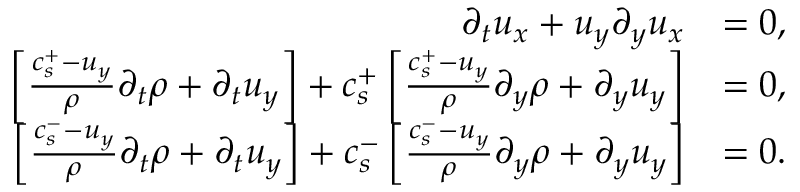
\begin{array} { r l } { \partial _ { t } u _ { x } + u _ { y } \partial _ { y } u _ { x } } & { = 0 , } \\ { \left[ \frac { c _ { s } ^ { + } - u _ { y } } { \rho } \partial _ { t } \rho + \partial _ { t } u _ { y } \right] + c _ { s } ^ { + } \left[ \frac { c _ { s } ^ { + } - u _ { y } } { \rho } \partial _ { y } \rho + \partial _ { y } u _ { y } \right] } & { = 0 , } \\ { \left[ \frac { c _ { s } ^ { - } - u _ { y } } { \rho } \partial _ { t } \rho + \partial _ { t } u _ { y } \right] + c _ { s } ^ { - } \left[ \frac { c _ { s } ^ { - } - u _ { y } } { \rho } \partial _ { y } \rho + \partial _ { y } u _ { y } \right] } & { = 0 . } \end{array}